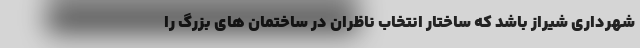
شهرداری شیراز باشد که ساختار انتخاب ناظران در ساختمان های بزرگ را